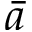
\bar { a }